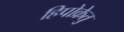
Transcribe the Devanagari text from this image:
हिपोक्रेतु